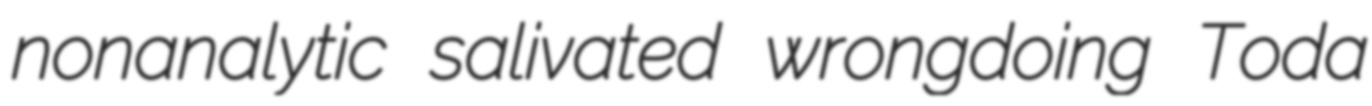
nonanalytic salivated wrongdoing Toda